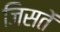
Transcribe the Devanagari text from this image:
जिसतें